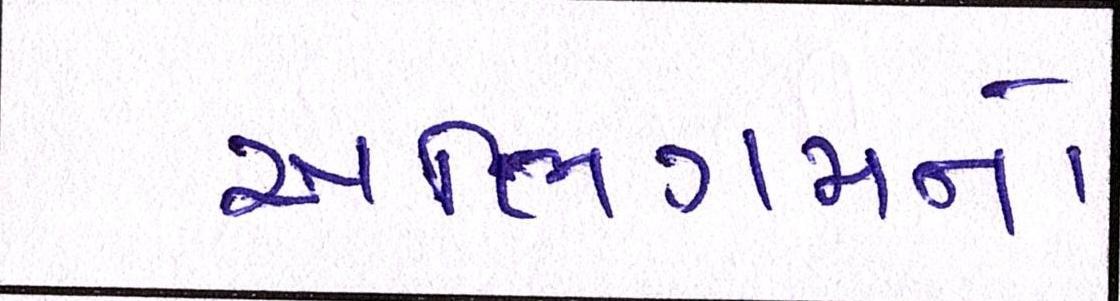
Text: અભિગમનો